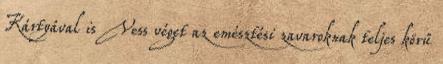
Kártyával is Vess véget az emésztési zavaroknak teljes körű